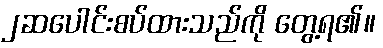
၂ဆပေါင်းစပ်ထားသည်ကို တွေ့ရ၏။